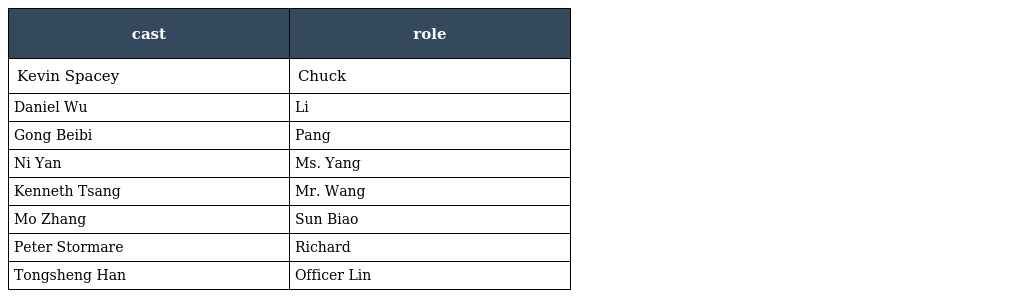
| cast | role |
 | --- | --- |
 | Kevin Spacey | Chuck |
 | Daniel Wu | Li |
 | Gong Beibi | Pang |
 | Ni Yan | Ms. Yang |
 | Kenneth Tsang | Mr. Wang |
 | Mo Zhang | Sun Biao |
 | Peter Stormare | Richard |
 | Tongsheng Han | Officer Lin |